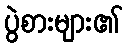
ပွဲစားများ၏